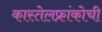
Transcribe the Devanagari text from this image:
कास्तेलफ्रांकोची